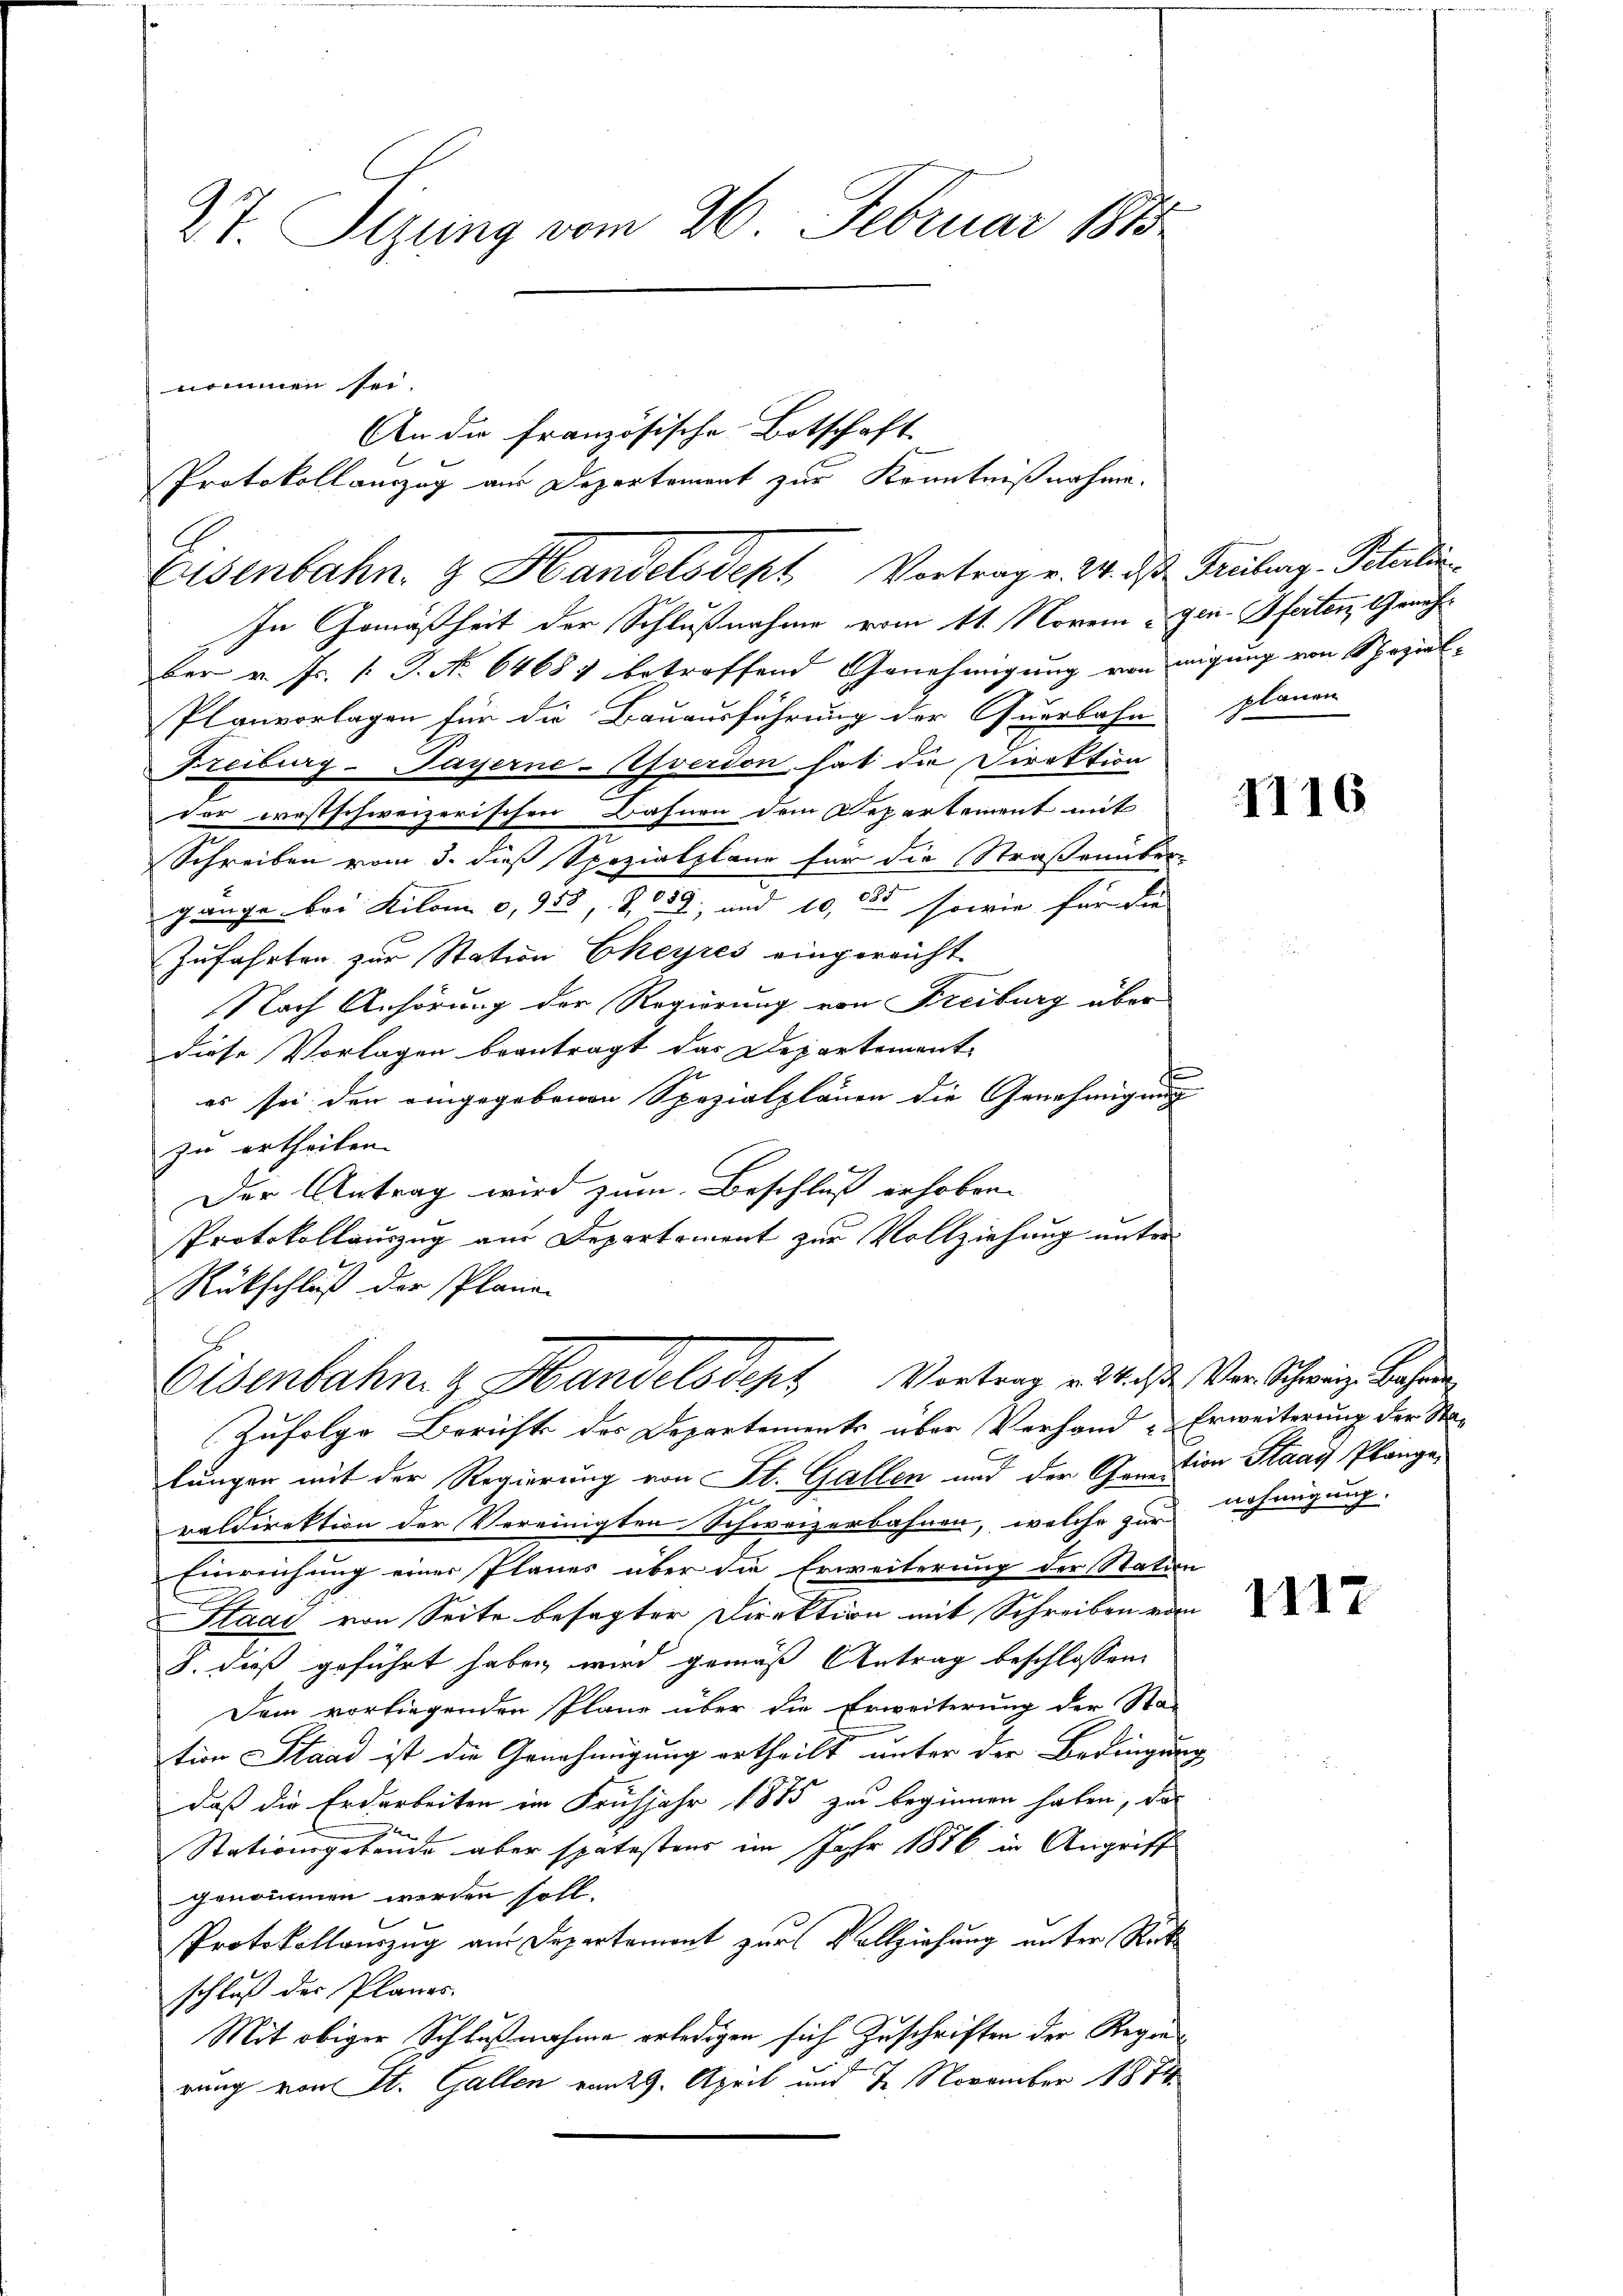
IT. Sizung vom 26. Februar 1848

nommen sei.
An die französische Botschaft
Protokollauszug aus Departement zur Kenntnißnahme.
Eisenbahn z. Handelsdent Vortrag v. 24. daß Freiberg-Poliein
In Gemäßheit der Schlußnahme vom 11. Novem Gen. Pferten Genehber v. Fr. 1. P. No 64681 betroffend Genehmigung von migung von Spezial-
Planvorlagen für die Bauausführung der Querbahn planen
Freiburg-Payerne-verdon, hat die Direktion
der westschweizerischen Bahnen dem Departement mit
Schreiben vom 3. dieß Spezialplane für die Straßenüber
gange bei Kilomi 0,958, 228, und 10, 185 sowie für die
Zufahrten zur Station Ekeyres eingereicht.
Nach Anhörung der Regierung von Freiburg über
diese Vorlagen beantragt das Departement-
es sei den eingegebenen Spezialplänen die Genehmigung
zu ertheilen.
Der Antrag wird zum Beschluß erhoben.
Protokollauszug am Departement zur Vollziehung unter
Rückschluß der Plane
Eisenbahng Handelsdept Vortrag v. Ms. Von Schweiz. Bahren
Zufolge Berichte des Departements über Verhand - Erweiterung der Sta-
lungen mit der Regierung von St. Gallen und der Caution Staar Plänge
raldirektion der Vereinigten Schweizerbahnen, welche zur nehmigung.
Einreichung einer Planes über die Erweiterung der Station
Staat von Seite besagter Direktion mit Schreiben vom
8. dieß geführt haben wird gemäß Antrag beschlossen:
Dem vorliegenden Pläne über die Erweiterung der Sta-
tion Stand ist die Genehmigung ertheilt unter der Bedingung
daß die Erdarbeiten im Frühjahr 1885 zu beginnen haben, das
Stationsgebäude aber spätestens im Jahr 1886 in Angriff
genommen werden soll.
Protokollauszug am Departement zur Vollziehung unter Rückschluß der Planes.
Mit obiger Schlußnahme erledigen sich Zuschriften der Regierung von St. Gallen von 29. April und 7. November 1874.

1116

1117